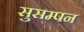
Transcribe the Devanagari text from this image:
सुसम्पन